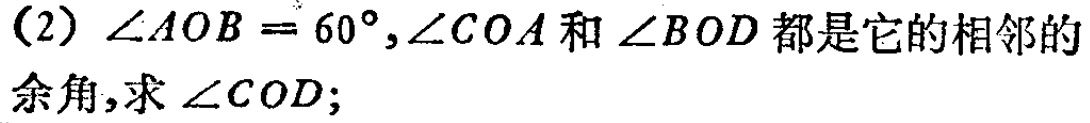
(2) \(\angle AOB = 60^{\circ},\angle COA\)和\(\angle BOD\)都是它的相邻的余角,求\(\angle COD\);